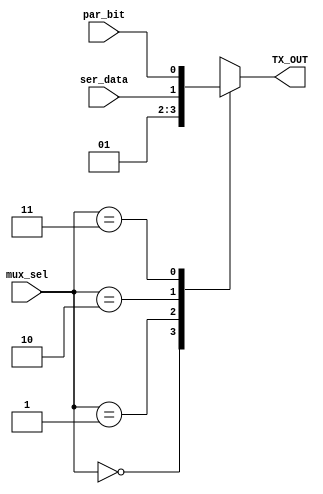
module four_to_one_mux(mux_sel,ser_data,par_bit,TX_OUT);
localparam start_bit=1'b0;
localparam stop_bit =1'b1;
input [1:0] mux_sel;
input par_bit,ser_data;
output reg TX_OUT;
always @(*) begin
case (mux_sel)
0:TX_OUT=start_bit;
1:TX_OUT=stop_bit;
2:TX_OUT=ser_data;
3:TX_OUT=par_bit;  
endcase    
end
endmodule